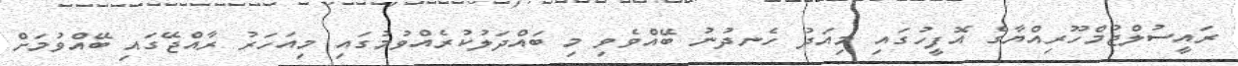
ރައީސުލްޖުމްހޫރިއްޔާގެ އޮފީހުގައި މިއަދު ހެނދުނު ބޭއްވެވި މި ބައްދަލުކުރެއްވުމުގައި މިއަހަރު ރާއްޖޭގައި ބޭއްވުމަށް